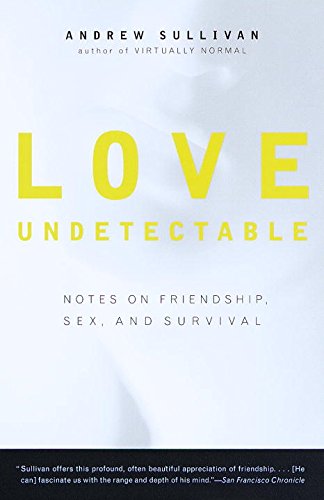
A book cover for Love Undetectable: Notes on Friendship, Sex, and Survival; Andrew Sullivan; Health, Fitness & Dieting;